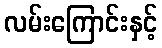
လမ်းကြောင်းနှင့်